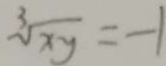
\sqrt [ 3 ] { x y } = - 1